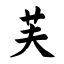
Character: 芙